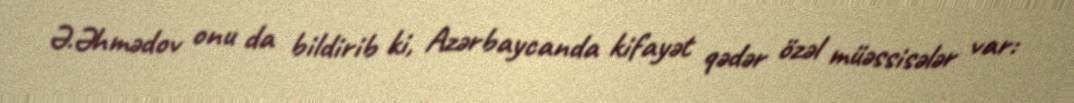
Ə.Əhmədov onu da bildirib ki, Azərbaycanda kifayət qədər özəl müəssisələr var: